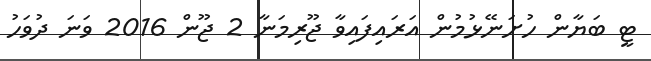
ޓީ ބަޔާން ހުށަނޭޅުމުން އަރައިފައިވާ ޖޫރިމަނާ 2 ޖޫން 2016 ވަނަ ދުވަހު